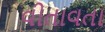
વીતાવતા